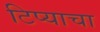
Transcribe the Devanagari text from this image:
टिप्याचा